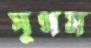
সুগম